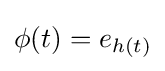
\phi (t)=e_{h(t)}